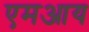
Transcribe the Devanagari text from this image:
एमआय